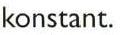
konstant.